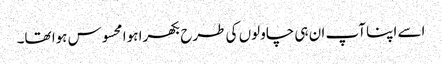
اسے اپنا آپ ان ہی چاولوں کی طرح بکھرا ہوا محسوس ہوا تھا۔